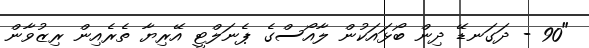
"90 - ދަގަނޑޭ ދިން ބޯޅައަކުން ލާއޯސްގެ ޕެނަލްޓީ އޭރިޔާ ތެރެއިން ރިޒުވާން